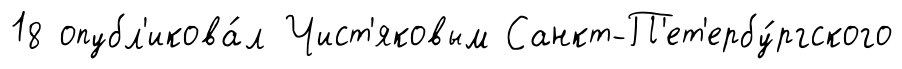
18 опубл'икова́л Чист'яковым Санкт-П'ет'ербу́ргского